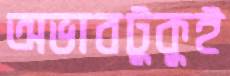
অভাবটুকুই